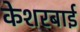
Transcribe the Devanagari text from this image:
केशरबाई